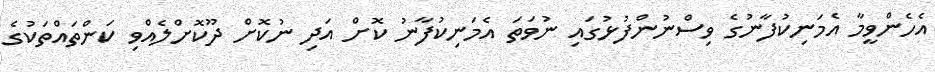
އެހެންވީމާ އެމަނިކުފާނުގެ ވިސްނުންފުޅުގައި ނުވަތަ އެމަނިކުފާނު ކޮށް އަދި ނުކޮށް ދޫކޮށްލެއްވި ކަންތައްތަކުގެ